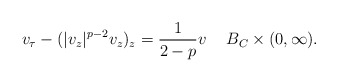
\begin{align*}v_\tau-(|v_z|^{p-2}v_z)_z=\frac1{2-p}v \quad\> B_C\times(0,\infty).\end{align*}